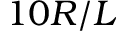
1 0 R / L